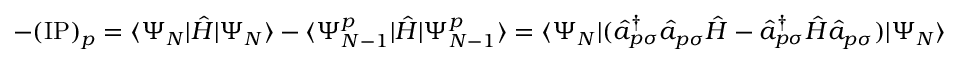
- ( \mathrm { I P } ) _ { p } = \langle \Psi _ { N } | \hat { H } | \Psi _ { N } \rangle - \langle \Psi _ { N - 1 } ^ { p } | \hat { H } | \Psi _ { N - 1 } ^ { p } \rangle = \langle \Psi _ { N } | ( \hat { a } _ { p \sigma } ^ { \dagger } \hat { a } _ { p \sigma } \hat { H } - \hat { a } _ { p \sigma } ^ { \dagger } \hat { H } \hat { a } _ { p \sigma } ) | \Psi _ { N } \rangle